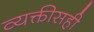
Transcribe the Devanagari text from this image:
व्यक्तीसही